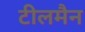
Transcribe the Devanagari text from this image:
टीलमैन